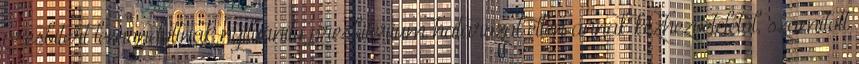
presbitert lemondottnak nyilvánító presbitérium határozat ellen annak kézhezvételétől, számított